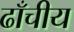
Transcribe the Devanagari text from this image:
ढाँचीय